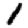
Digit: 1